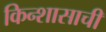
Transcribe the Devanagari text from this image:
किन्शासाची